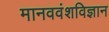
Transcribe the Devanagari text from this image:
मानववंशविज्ञान